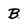
Character: B